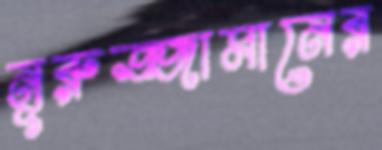
নূরুজ্জামানের